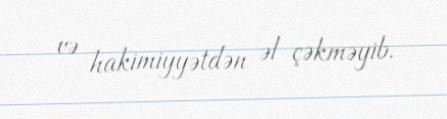
və hakimiyyətdən əl çəkməyib.